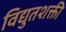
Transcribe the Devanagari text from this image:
विद्युतशक्ती